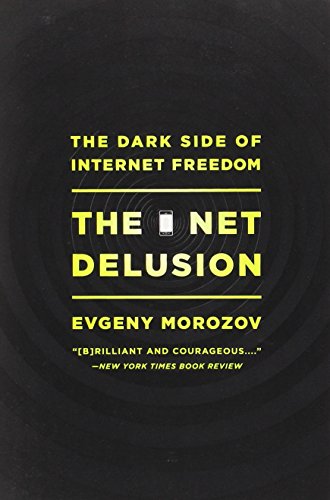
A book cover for The Net Delusion: The Dark Side of Internet Freedom; Evgeny Morozov; Computers & Technology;